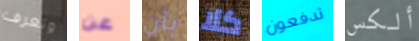
وتعرف عن بأن كلا تدفعون ألكس